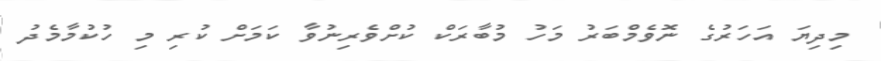
މިދިޔަ އަހަރުގެ ނޮވެމްބަރު މަހު މުބާރަކް ކުށްވެރިނުވާ ކަމަށް ކުރި މި ހުކުމާމެދު